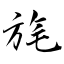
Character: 旄